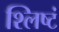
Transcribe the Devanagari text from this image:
श्लिष्टं